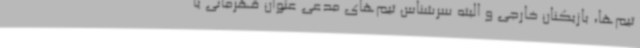
تیم‌ها، بازیکنان خارجی و البته سرشناس تیم‌های مدعی عنوان قهرمانی یا